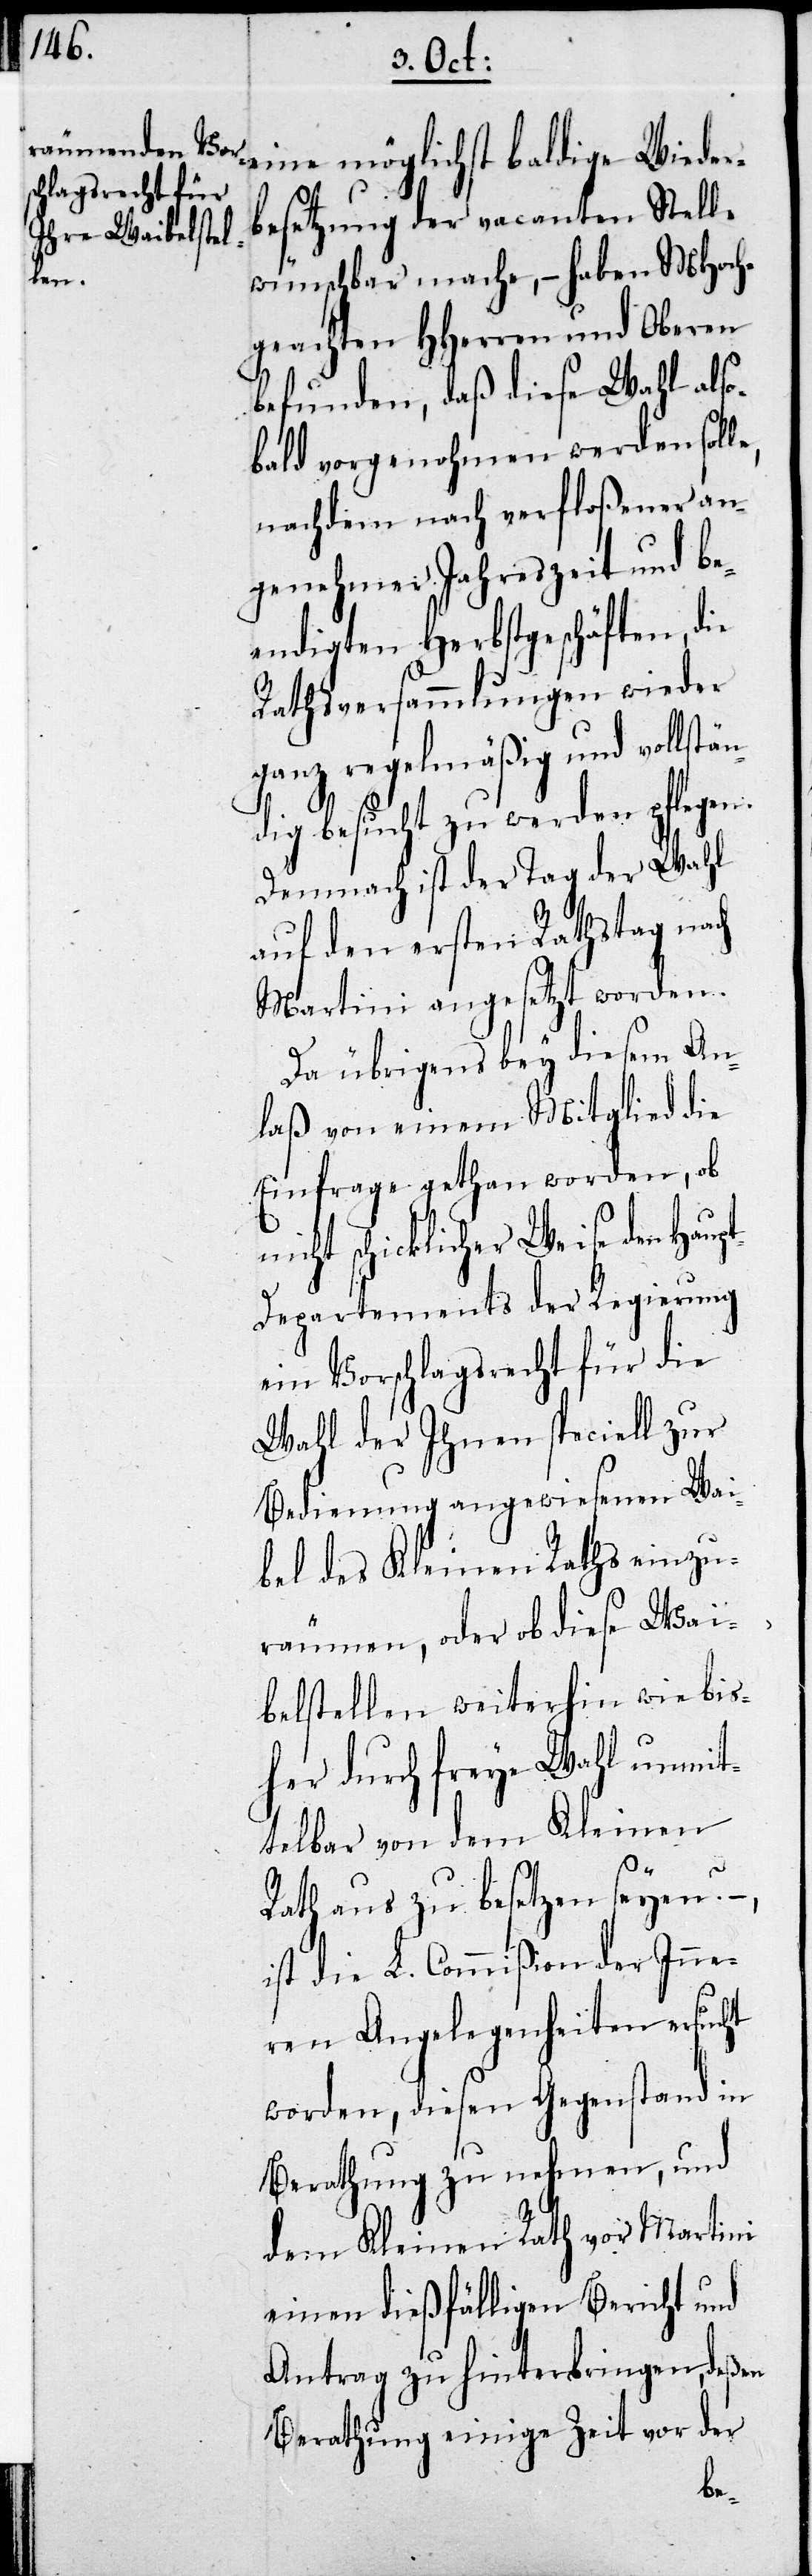
eine möglichst baldige Wieder¬
besetzung der vacanten Stelle
wünschbar mache, – haben MHoch¬
geachten HHerren und Oberen
befunden, daß diese Wahl also¬
bald vorgenohmen werden solle,
nachdem nach verfloßenener an¬
genehmer Jahreszeit und be¬
endigten Herbstgeschäften, die
Rathsversammlungen wieder
ganz regelmäßig und vollstän¬
dig besucht zu werden pflegen.
Demnach ist der Tag der Wahl
auf den ersten Rathstag nach
Martini angesetzt worden.
Da übrigens bey diesem An¬
laß von einem Mitglied die
Einfrage gethan worden, ob
nicht schicklicher Weise den Haup¬
t-Departements der Regierung
ein Vorschlagsrecht für die
Wahl der Ihnen speciell zur
Bedienung angewiesenen Wai¬
bel des Kleinen Raths einzu¬
räumen, oder ob diese Wai¬
belstellen weiterhin wie bis¬
her durch freye Wahl unmit¬
telbar von dem Kleinen
Rath aus zu besetzen seyen. –,
ist die L. Commißion der Inne¬
ren Angelegenheiten ersucht
worden, diesen Gegenstand in
Berathung zu nehmen, und
dem Kleinen Rath vor Martini
einen dießfälligen Bericht und
Antrag zu hinterbringen, deßen
Berathung einige Zeit vor der